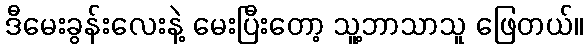
ဒီမေးခွန်းလေးနဲ့ မေးပြီးတော့ သူ့ဘာသာသူ ဖြေတယ်။